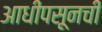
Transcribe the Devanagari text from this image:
आधीपसूनची